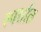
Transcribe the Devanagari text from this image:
स्पर्शात